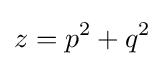
z=p^{2}+q^{2}